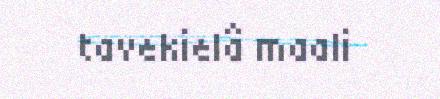
tavekielâ maali